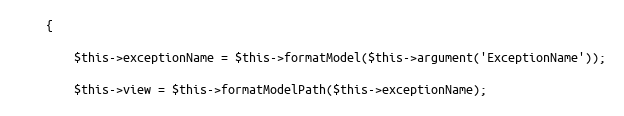
Language: PHP
    {

        $this->exceptionName = $this->formatModel($this->argument('ExceptionName'));

        $this->view = $this->formatModelPath($this->exceptionName);